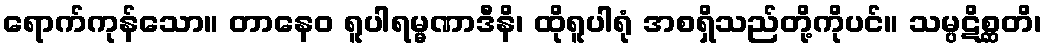
ရောက်ကုန်သော။ တာနေဝ ရူပါရမ္မဏာဒီနိ၊ ထိုရူပါရုံ အစရှိသည်တို့ကိုပင်။ သမ္ပဋိစ္ဆတိ၊